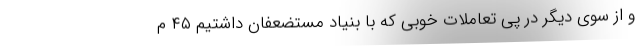
و از سوی دیگر در پی تعاملات خوبی که با بنیاد مستضعفان داشتیم ۴۵ م